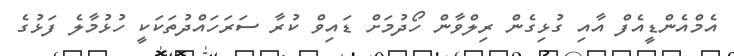
އެމްއެންޑީއެފް އާއި ގުޅިގެން ރިލްވާން ހޯދުމަށް ޑައިވް ކުރާ ސަރަހައްދުތަކަކީ ހުޅުމާލެ ފަޅުގެ